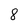
Character: 8